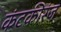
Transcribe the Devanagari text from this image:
कंटकीरंज